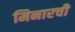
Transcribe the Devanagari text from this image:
मिनारची